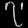
Digit: ၇